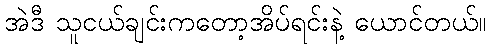
အဲဒီ သူငယ်ချင်းကတော့အိပ်ရင်းနဲ့ ယောင်တယ်။